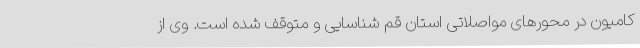
کامیون در محورهای مواصلاتی استان قم شناسایی و متوقف شده است. وی از